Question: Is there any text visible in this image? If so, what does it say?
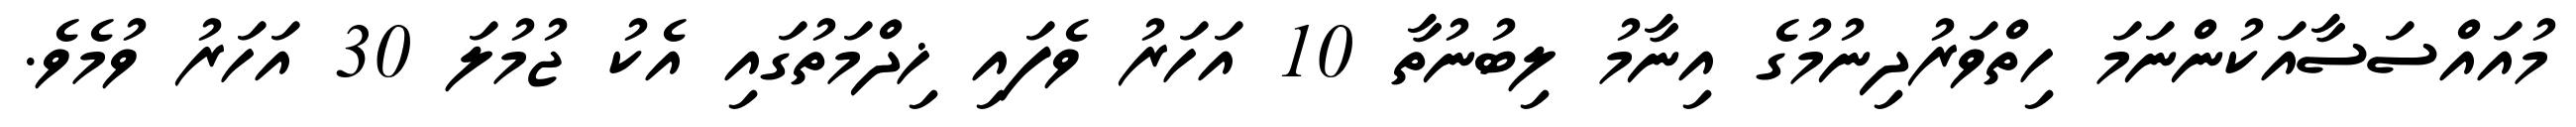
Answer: މުއައްސަސާއަކުންނަމަ ހިތްވަރުދިނުމުގެ އިނާމު ލިބުނުތާ 10 އަހަރު ވެފައި ޚިދްމަތުގައި އެކު ޖުމުލަ 30 އަހަރު ވުމެވެ.